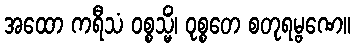
အထော ကရီသံ ဝစ္စသ္မိံ၊ ဝုစ္စတေ စတုရမ္ဗဏေ။